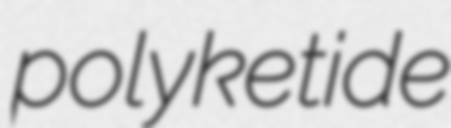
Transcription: polyketide